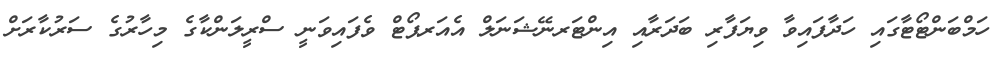
ހަމްބަންޓޯޓާގައި ހަދާފައިވާ ވިޔަފާރި ބަދަރާއި އިންޓަރނޭޝަނަލް އެއަރޕޯޓް ވެފައިވަނީ ސްރީލަންކާގެ މިހާރުގެ ސަރުކާރަށް